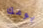
يومك